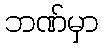
ဘဏ်မှာ